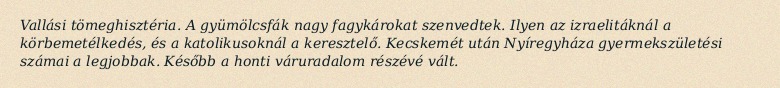
Vallási tömeghisztéria. A gyümölcsfák nagy fagykárokat szenvedtek. Ilyen az izraelitáknál a körbemetélkedés, és a katolikusoknál a keresztelő. Kecskemét után Nyíregyháza gyermekszületési számai a legjobbak. Később a honti váruradalom részévé vált.